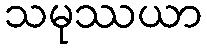
သမုဿယာ